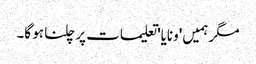
مگر ہمیں 'ونایا' تعلیمات پر چلنا ہو گا۔